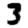
Digit: 3